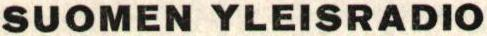
SUOMEN YLEISRADIO